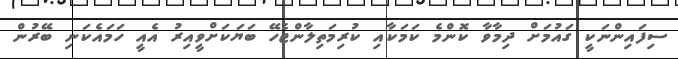
ސިފައިންނަކީ ގައުމަށް ދިމާވާ ކޮންމެ ކަމަކާއި ކުރިމަތިލާންޖެހޭ ބަޔަކަށްވީއިރު އެއީ ހަމައެކަނި ބޭރުން